Plague in India, 1896, 1897 - Volume 2
Year: 1896
Disease focus: Plague
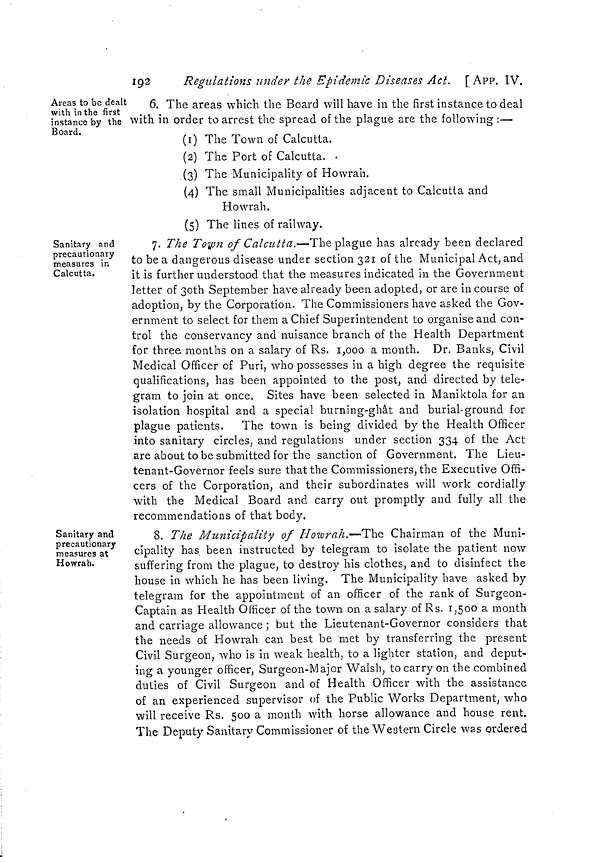
192
Regulations under the Epidemic Diseases Act. [App. IV.
Areas to be dealt
with in the first
instance by the
Board.
6. The areas which the Board will have in the first instance to deal
with in order to arrest the spread of the plague are the following:—
(1) The Town of Calcutta.
(2) The Port of Calcutta.
(3) The Municipality of Howrah.
(4) The small Municipalities adjacent to Calcutta and
Howrah.
(5) The lines of railway.
Sanitary and
precautionary
measures in
Calcutta.
7. The Town of Calcutta.—The plague has already been declared
to be a dangerous disease under section 321 of the Municipal Act, and
it is further understood that the measures indicated in the Government
letter of 30th September have already been adopted, or are in course of
adoption, by the Corporation. The Commissioners have asked the Gov-
ernment to select for them a Chief Superintendent to organise and con-
trol the conservancy and nuisance branch of the Health Department
for three months on a salary of Rs. 1,000 a month. Dr. Banks, Civil
Medical Officer of Puri, who possesses in a high degree the requisite
qualifications, has been appointed to the post, and directed by tele-
gram to join at once. Sites have been selected in Maniktola for an
isolation hospital and a special burning-ghat and burial-ground for
plague patients. The town is being divided by the Health Officer
into sanitary circles, and regulations under section 334 of the Act
are about to be submitted for the sanction of Government. The Lieu-
tenant-Governor feels sure that the Commissioners, the Executive Offi-
cers of the Corporation, and their subordinates will work cordially
with the Medical Board and carry out promptly and fully all the
recommendations of that body.
Sanitary and
precautionary
measures at
Howrab.
8. The Municipality of Howrah.-— The Chairman of the Muni-
cipality has been instructed by telegram to isolate the patient now
suffering from the plague, to destroy his clothes, and to disinfect the
house in which he has been living. The Municipality have asked by
telegram for the appointment of an officer of the rank of Surgeon-
Captain as Health Officer of the town on a salary of Rs. 1,500 a month
and carriage allowance ; but the Lieutenant-Governor considers that
the needs of Howrah can best be met by transferring the present
Civil Surgeon, who is in weak health, to a lighter station, and deput-
ing a younger officer, Surgeon-Major Walsh, to carry on the combined
duties of Civil Surgeon and of Health Officer with the assistance
of an experienced supervisor of the Public Works Department, who
will receive Rs. 500 a month with horse allowance and house rent.
The Deputy Sanitary Commissioner of the Weatern Circle was ordered